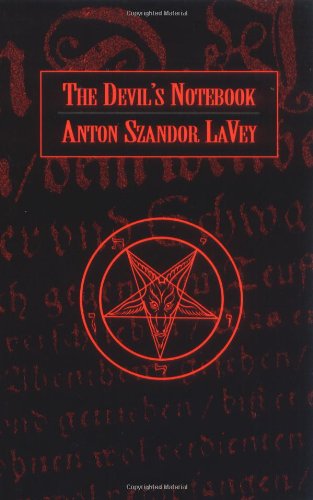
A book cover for The Devil's Notebook; Anton Szandor LaVey; Humor & Entertainment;